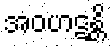
အဝဟဋန္တိ